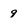
Character: 9